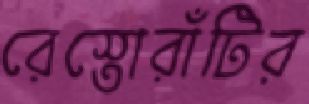
রেস্তোরাঁটির